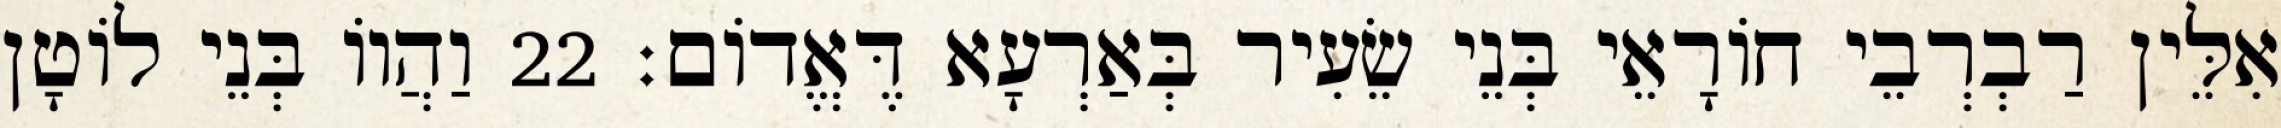
אִלֵּין רַבְרְבֵי חוֹרָאֵי בְּנֵי שֵׂעִיר בְּאַרְעָא דֶּאֱדוֹם׃ 22 וַהֲווֹ בְּנֵי לוֹטָן